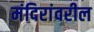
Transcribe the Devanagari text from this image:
मंदिरांवरील